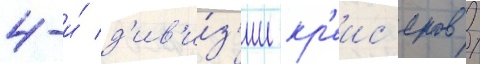
4-и́ д'ив'и́з'ии кр'еис'еров /